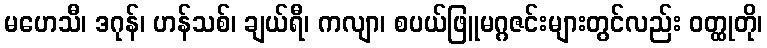
မဟေသီ၊ ဒဂုန်၊ ဟန်သစ်၊ ချယ်ရီ၊ ကလျာ၊ စပယ်ဖြူမဂ္ဂဇင်းများတွင်လည်း ဝတ္ထုတို၊